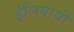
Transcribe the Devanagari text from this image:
ईलियायी